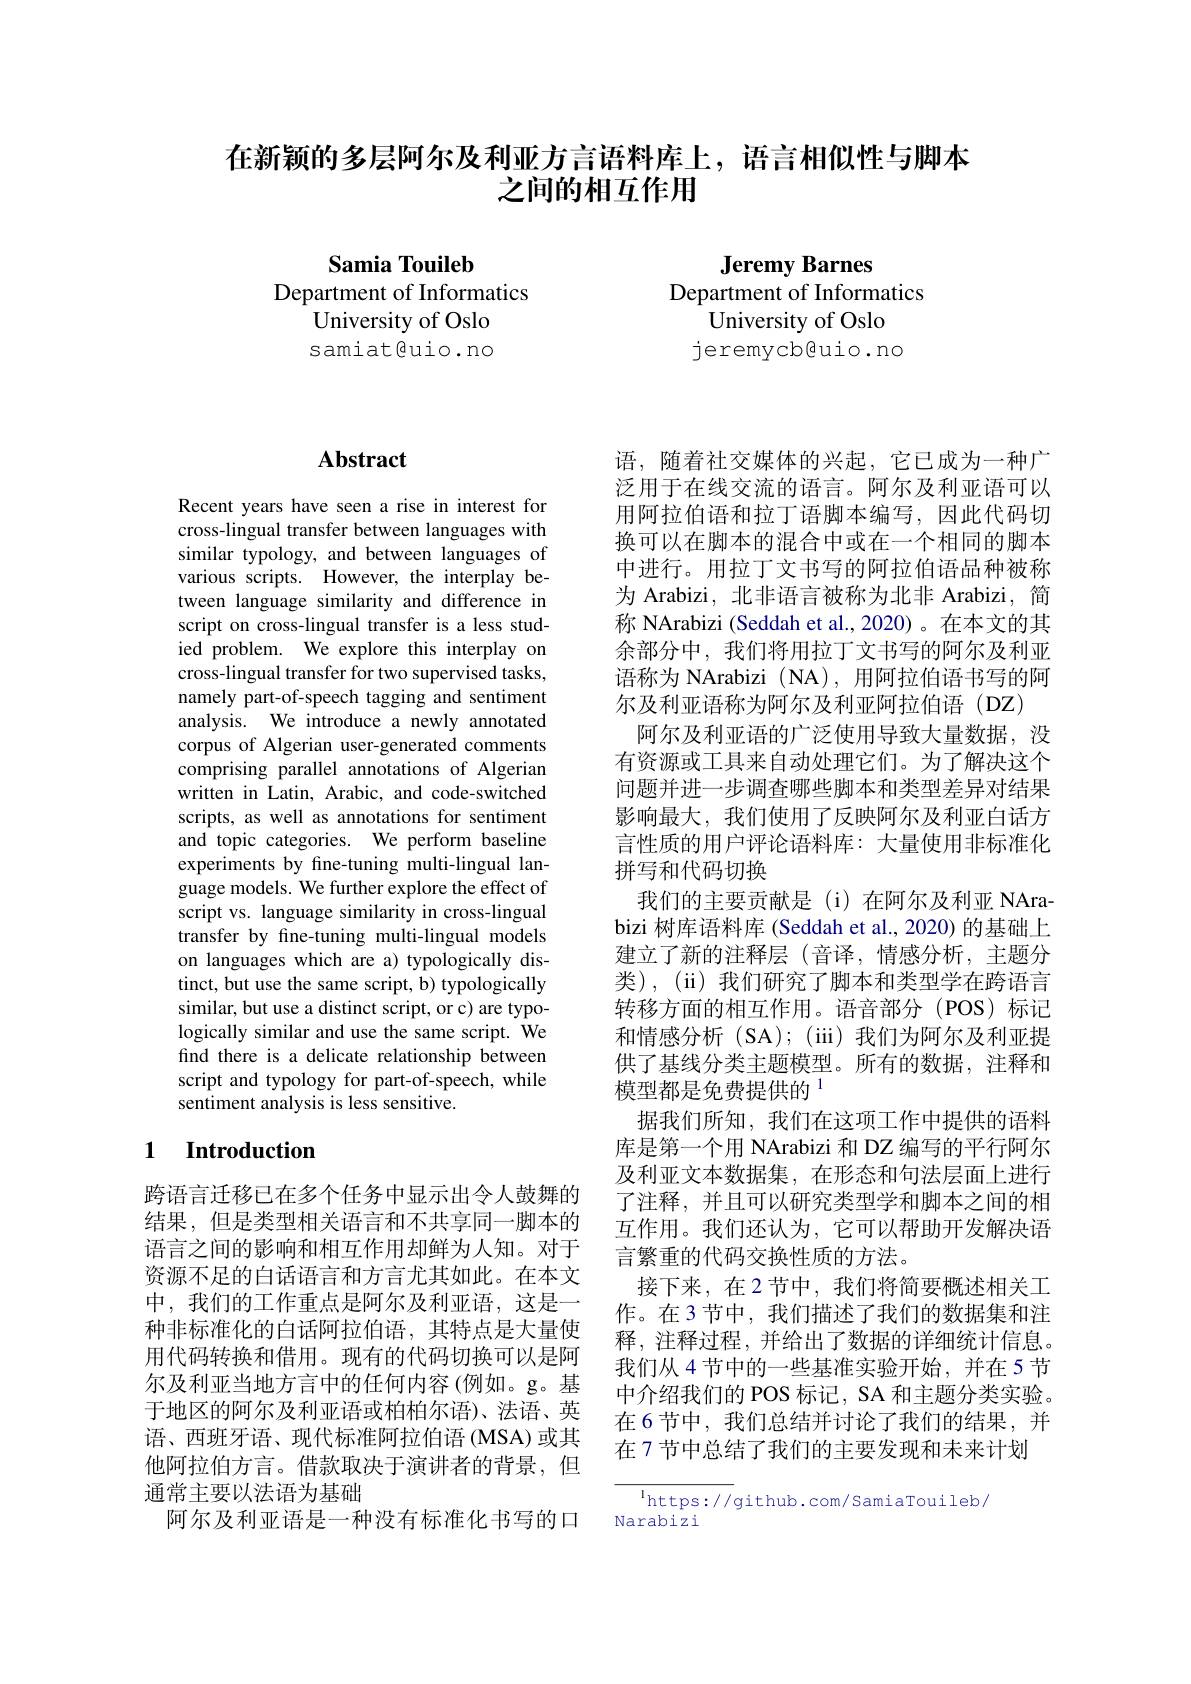
在新颖的多层阿尔及利亚方言语料库上，语言相似性与脚本
之间的相互作用

Samia Touileb

Department of Informatics

University of Oslo

samiat@uio.no

Jeremy Barnes
Department of Informatics
University of Oslo jeremycb@uio.no

## $\mathbf{Abstract}$

Recent years have seen a rise in interest for cross-lingual transfer between languages with similar typology, and between languages of various scripts. However, the interplay between language similarity and difference in script on cross-lingual transfer is a less studied problem. We explore this interplay on cross-lingual transfer for two supervised tasks, namely part-of-speech tagging and sentiment analysis. We introduce a newly annotated corpus of Algerian user-generated comments comprising parallel annotations of Algerian written in Latin, Arabic, and code-switched scripts, as well as annotations for sentiment and topic categories. We perform baseline experiments by fine-tuning multi-lingual language models. We further explore the effect of script vs. language similarity in cross-lingual transfer by fine-tuning multi-lingual models on languages which are a) typologically distinct, but use the same script, b) typologically similar, but use a distinct script, or c) are typologically similar and use the same script. We find there is a delicate relationship between script and typology for part-of-speech, while sentiment analysis is less sensitive.

## 1 Introduction

跨语言迁移已在多个任务中显示出令人鼓舞的结果，但是类型相关语言和不共享同一脚本的语言之间的影响和相互作用却鲜为人知。对于资源不足的白话语言和方言尤其如此。在本文中，我们的工作重点是阿尔及利亚语，这是一种非标准化的白话阿拉伯语，其特点是大量使用代码转换和借用。现有的代码切换可以是阿尔及利亚当地方言中的任何内容(例如。g。基于地区的阿尔及利亚语或柏柏尔语)、法语、英语、西班牙语、现代标准阿拉伯语 (MSA)或其他阿拉伯方言。借款取决于演讲者的背景，但通常主要以法语为基础
阿尔及利亚语是一种没有标准化书写的口

语，随着社交媒体的兴起，它已成为一种广泛用于在线交流的语言。阿尔及利亚语可以用阿拉伯语和拉丁语脚本编写，因此代码切换可以在脚本的混合中或在一个相同的脚本中进行。用拉丁文书写的阿拉伯语品种被称为 Arabizi, 北非语言被称为北非 Arabizi, 简称 NArabizi (Seddah et al.,2020)。在本文的其余部分中，我们将用拉丁文书写的阿尔及利亚语称为 NArabizi (NA), 用阿拉伯语书写的阿尔及利亚语称为阿尔及利亚阿拉伯语(DZ)
阿尔及利亚语的广泛使用导致大量数据，没有资源或工具来自动处理它们。为了解决这个问题并进一步调查哪些脚本和类型差异对结果影响最大，我们使用了反映阿尔及利亚白话方言性质的用户评论语料库：大量使用非标准化拼写和代码切换
我们的主要贡献是(i)在阿尔及利亚 NArabizi 树库语料库 (Seddah et al., 2020) 的基础上建立了新的注释层(音译，情感分析，主题分类),(ii)我们研究了脚本和类型学在跨语言转移方面的相互作用。语音部分(POS)标记和情感分析(SA);(iii)我们为阿尔及利亚提供了基线分类主题模型。所有的数据，注释和模型都是免费提供的$^{1}$
据我们所知，我们在这项工作中提供的语料库是第一个用 NArabizi 和 DZ 编写的平行阿尔及利亚文本数据集，在形态和句法层面上进行了注释，并且可以研究类型学和脚本之间的相互作用。我们还认为，它可以帮助开发解决语言繁重的代码交换性质的方法。
接下来，在2节中，我们将简要概述相关工作。在3节中，我们描述了我们的数据集和注释，注释过程，并给出了数据的详细统计信息。我们从 4 节中的一些基准实验开始，并在 5 节中介绍我们的 POS 标记，SA 和主题分类实验。在 6 节中，我们总结并讨论了我们的结果，并在 7 节中总结了我们的主要发现和未来计划

$^{1}$https://github.com/SamiaTouileb/
Narabizi